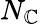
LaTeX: N_{\mathbb{C}}